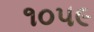
૧૦૫૯